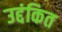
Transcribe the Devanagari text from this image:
उद्दंकित